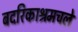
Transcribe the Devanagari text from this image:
बदरिकाश्रमचले